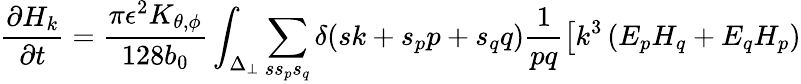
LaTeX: \frac{\partial H_{k}}{\partial t}=\frac{\pi\epsilon^{2}K_{\theta,\phi}}{128b_{0}}\int_{\Delta_{\perp}}\sum_{ss_{p}s_{q}}\delta(sk+s_{p}p+s_{q}q)\frac{1}{pq}\left[k^{3}\left(E_{p}H_{q}+E_{q}H_{p}\right)\right.